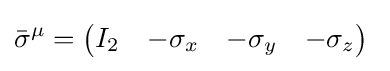
{\bar {\sigma }}^{\mu }={\begin{pmatrix}I_{2}&-\sigma _{x}&-\sigma _{y}&-\sigma _{z}\end{pmatrix}}~